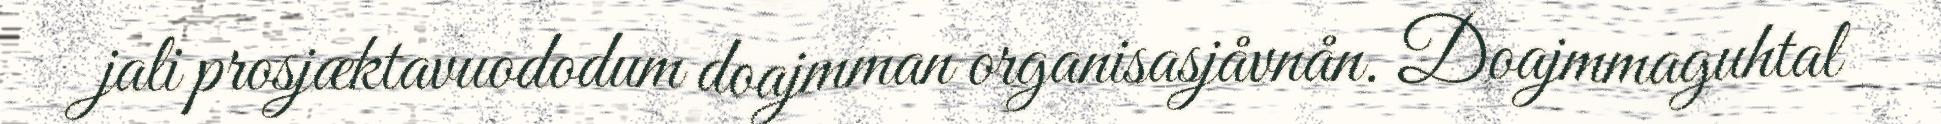
jali prosjæktavuododum doajmman organisasjåvnån. Doajmmaguhtal